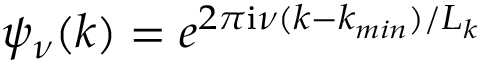
\psi _ { \nu } ( k ) = e ^ { 2 \pi \mathrm { i } \nu ( k - k _ { m i n } ) / L _ { k } }